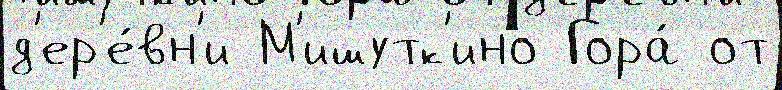
д'ер'е́вн'и М'ишутк'ино Гора́ от